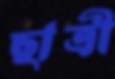
ছাত্রী